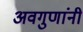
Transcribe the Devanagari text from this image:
अवगुणांनी